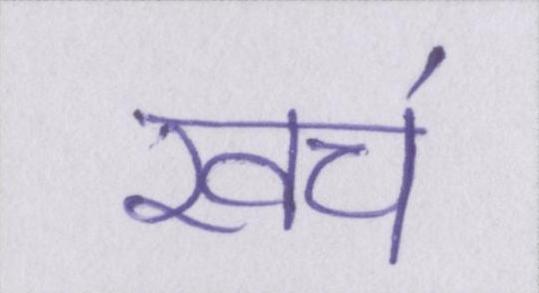
खच॔